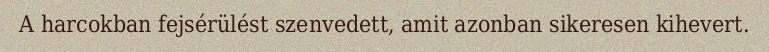
A harcokban fejsérülést szenvedett, amit azonban sikeresen kihevert.